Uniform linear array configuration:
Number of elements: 64
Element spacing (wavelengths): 0.5
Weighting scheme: uniform
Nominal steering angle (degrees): -45
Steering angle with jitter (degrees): -45.785
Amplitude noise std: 0.05
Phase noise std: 0.05

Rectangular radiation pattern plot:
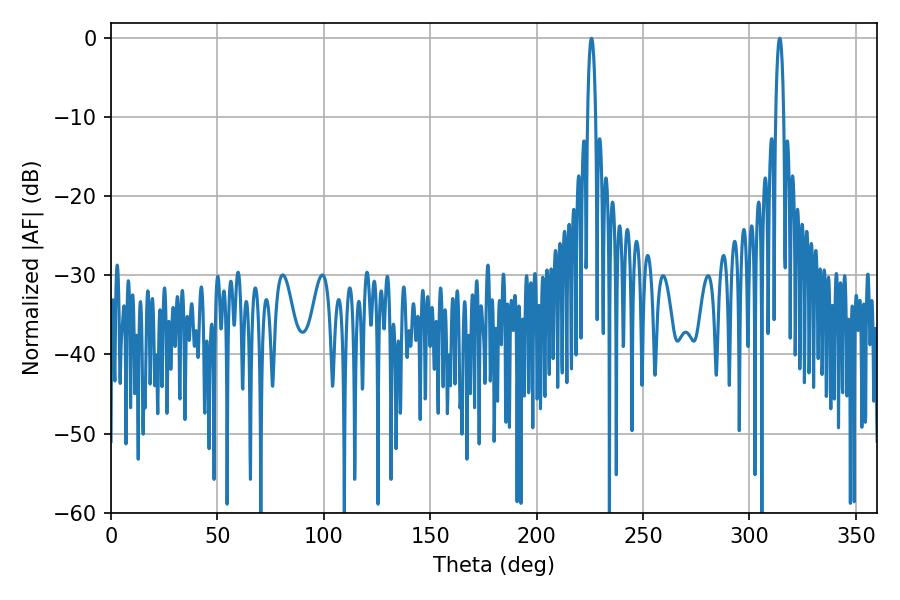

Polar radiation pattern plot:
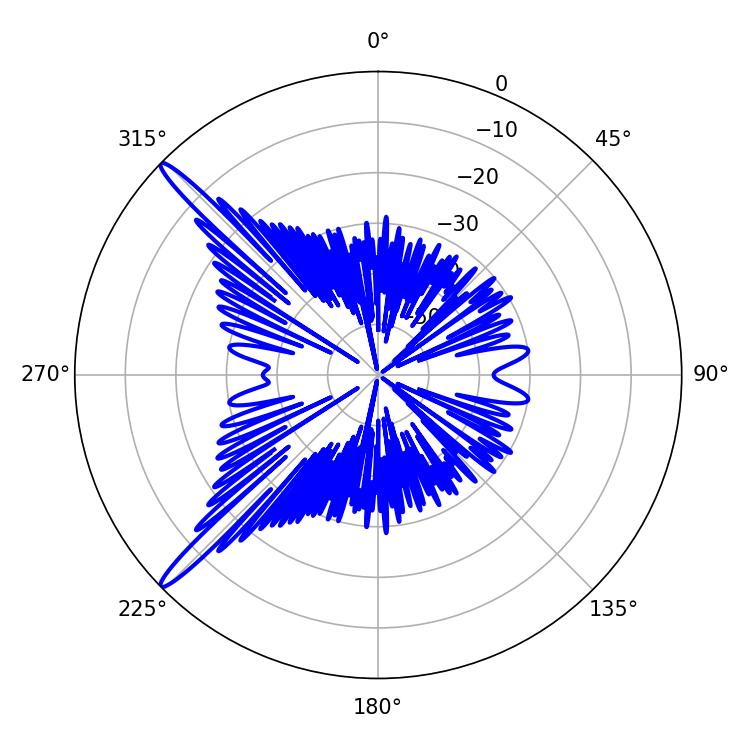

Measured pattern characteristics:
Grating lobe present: FALSE
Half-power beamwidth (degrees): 1.98
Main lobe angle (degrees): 314.28